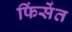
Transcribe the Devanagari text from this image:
फिंसेंत